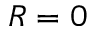
R = 0